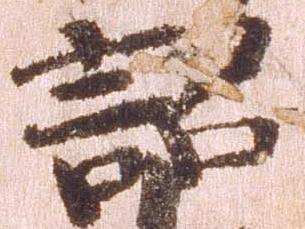
詔